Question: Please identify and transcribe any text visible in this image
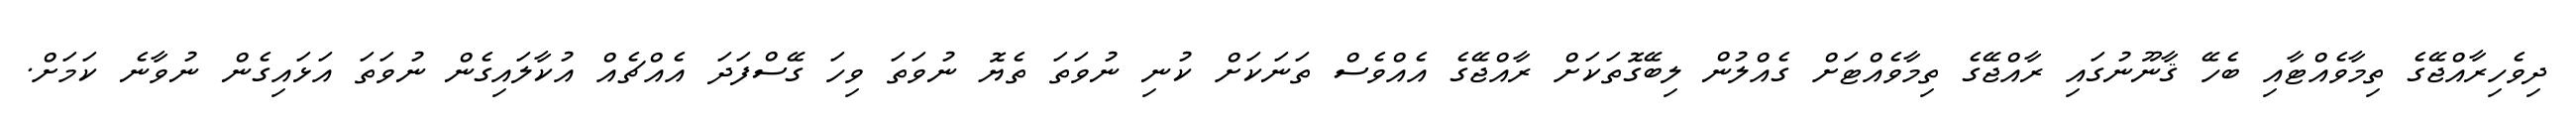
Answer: ދިވެހިރާއްޖޭގެ ތިމާވެއްޓާއި ބެހޭ ޤާނޫނުގައި ރާއްޖޭގެ ތިމާވެއްޓަށް ގެއްލުން ލިބޭގޮތަކަށް ރާއްޖޭގެ އެއްވެސް ތަނަކަށް ކުނި ނުވަތަ ތެޔޮ ނުވަތަ ވިހަ ގޭސްފަދަ އެއްޗެއް އުކާލައިގެން ނުވަތަ އަޅައިގެން ނުވާނެ ކަމަށް.